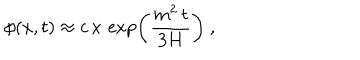
\phi ( x , t ) \approx c \, x \, \exp \left( { \frac { m ^ { 2 } \, t } { 3 H } } \right) \ ,